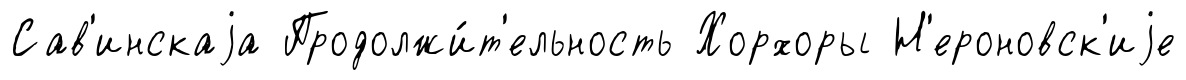
Сав'инскаjа Продолжи́т'ельность Хорхоры Н'ероновск'иjе